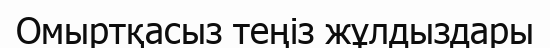
Омыртқасыз теңіз жұлдыздары